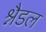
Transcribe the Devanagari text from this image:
श्नैडल